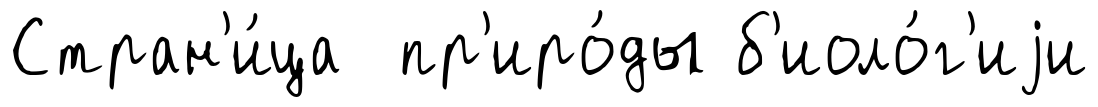
Стран'и́ца пр'иро́ды б'иоло́г'иjи